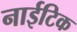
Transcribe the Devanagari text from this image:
नाईटिक